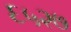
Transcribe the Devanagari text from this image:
६५२७